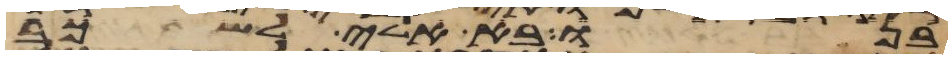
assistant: בנו בא אלי לשכב